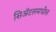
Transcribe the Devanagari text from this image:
सिॲटलमधील